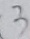
3